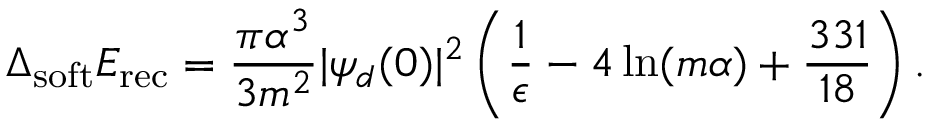
\Delta _ { \mathrm { s o f t } } E _ { \mathrm { r e c } } = \frac { \pi \alpha ^ { 3 } } { 3 m ^ { 2 } } | \psi _ { d } ( 0 ) | ^ { 2 } \left( \frac { 1 } { \epsilon } - 4 \ln ( m \alpha ) + \frac { 3 3 1 } { 1 8 } \right) .